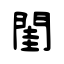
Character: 閨